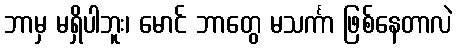
ဘာမှ မရှိပါဘူး၊ မောင် ဘာတွေ မသင်္ကာ ဖြစ်နေတာလဲ